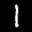
Label: 1